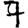
Digit: 7